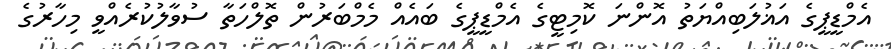
އެމްޑީޕީގެ އަޣުލަބިއްޔަތު އޮންނަ ކޮމިޓީގެ އެމްޑީޕީގެ ބައެއް މެމްބަރުން ތޮލްހަތާ ސުވާލުކުރެއްވީ މިހާރުގެ